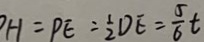
H = P E = \frac { 1 } { 2 } D E = \frac { 5 } { 6 } t